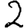
Digit: 2